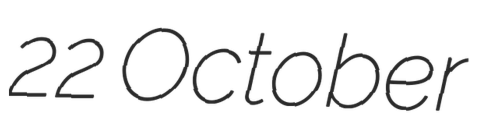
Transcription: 22 October